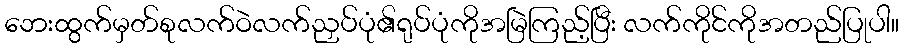
ဘေးထွက်မှတ်စုလက်ဝဲလက်ညှပ်ပုံ၏ရုပ်ပုံကိုအမြဲကြည့်ပြီး လက်ကိုင်ကိုအတည်ပြုပါ။